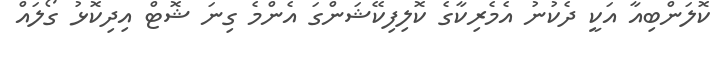
ކޮލަންބިއާ އަކީ ދެކުނު އެމެރިކާގެ ކޮލިފިކޭޝަންގަ އެންމެ ގިނަ ޝޮޓް އިދިކޮޅު ގޯލައް